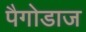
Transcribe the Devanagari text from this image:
पैगोडाज